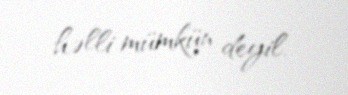
həlli mümkün deyil.